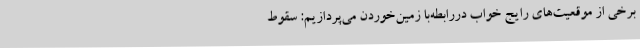
برخی از موقعیت‌های رایج خواب دررابطه‌با زمین‌خوردن می‌پردازیم: سقوط